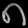
Digit: ၈